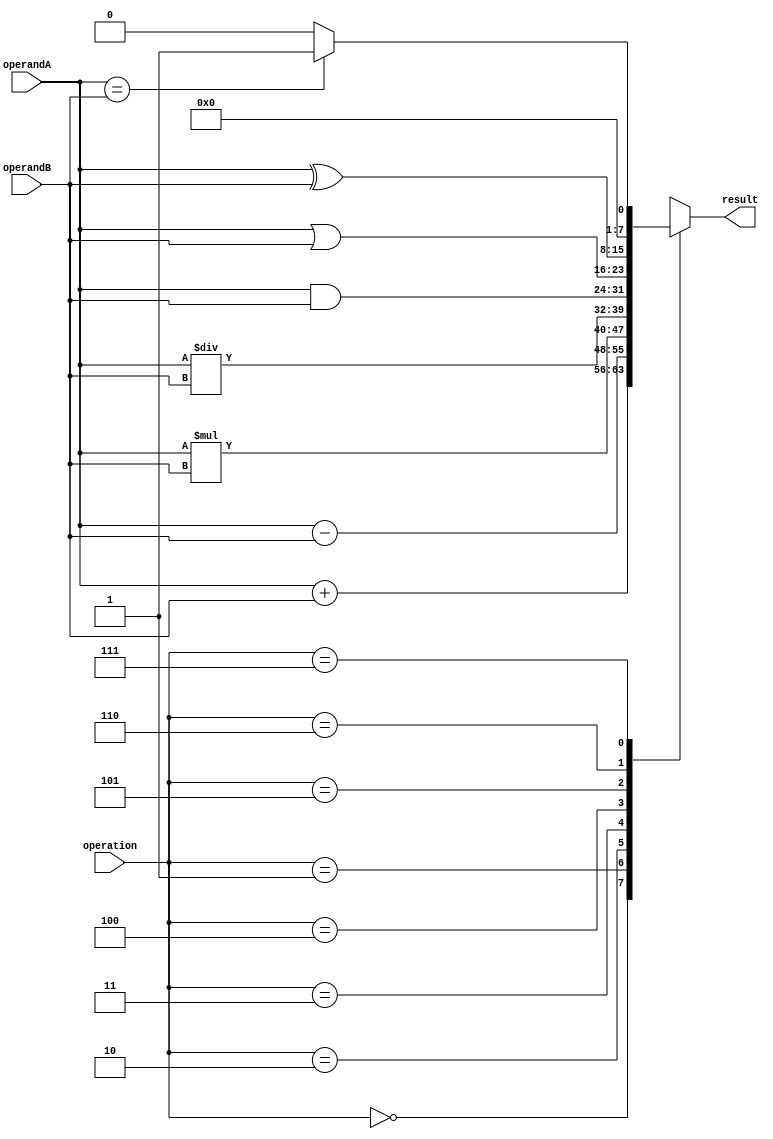
module ALU (
    input wire [7:0] operandA,
    input wire [7:0] operandB,
    input wire [2:0] operation, // 0: add, 1: subtract, 2: multiply, 3: divide, 4: AND, 5: OR, 6: XOR, 7: comparison, 8: shift
    output reg [7:0] result
);

// Adder block
always @ (*)
begin
    case(operation)
        0: result = operandA + operandB;
        // Subtractor block
        1: result = operandA - operandB;
        // Multiplier block
        2: result = operandA * operandB;
        // Divider block
        3: result = operandA / operandB;
        // AND block
        4: result = operandA & operandB;
        // OR block
        5: result = operandA | operandB;
        // XOR block
        6: result = operandA ^ operandB;
        // Comparison block
        7: result = (operandA == operandB) ? 8'b1 : 8'b0;
        // Shifter block
        8: result = (operation[0] == 0) ? (operandA << operandB) : (operandA >> operandB);        
        default: result = 8'hff; // Operation not supported
    endcase
end

endmodule